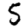
Digit: 5